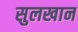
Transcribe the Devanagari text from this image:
सुलखान